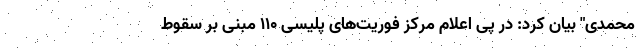
محمدی" بیان کرد: در پی اعلام مرکز فوریت‌های پلیسی ۱۱۰ مبنی بر سقوط